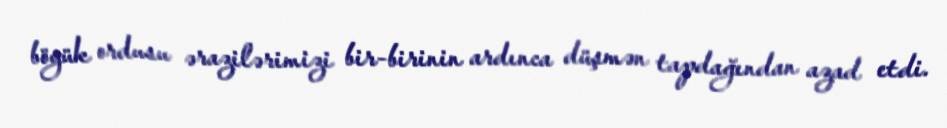
böyük ordusu ərazilərimizi bir-birinin ardınca düşmən tapdağından azad etdi.